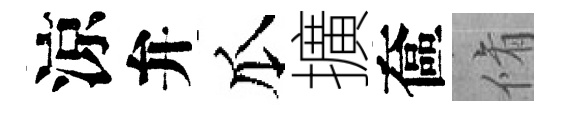
涼弁瓜擴奩脩